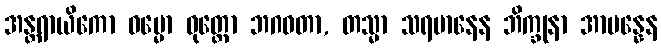
အန္တရာယိကော ဓမ္မော ဝုတ္တော ဘဂဝတာ, တသ္မာ သရမာနေန ဘိက္ခုနာ အာပန္နေန